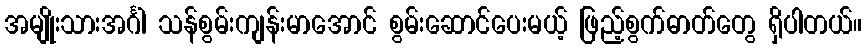
အမျိုးသားအင်္ဂါ သန်စွမ်းကျန်းမာအောင် စွမ်းဆောင်ပေးမယ့် ဖြည့်စွက်ဓာတ်တွေ ရှိပါတယ်။